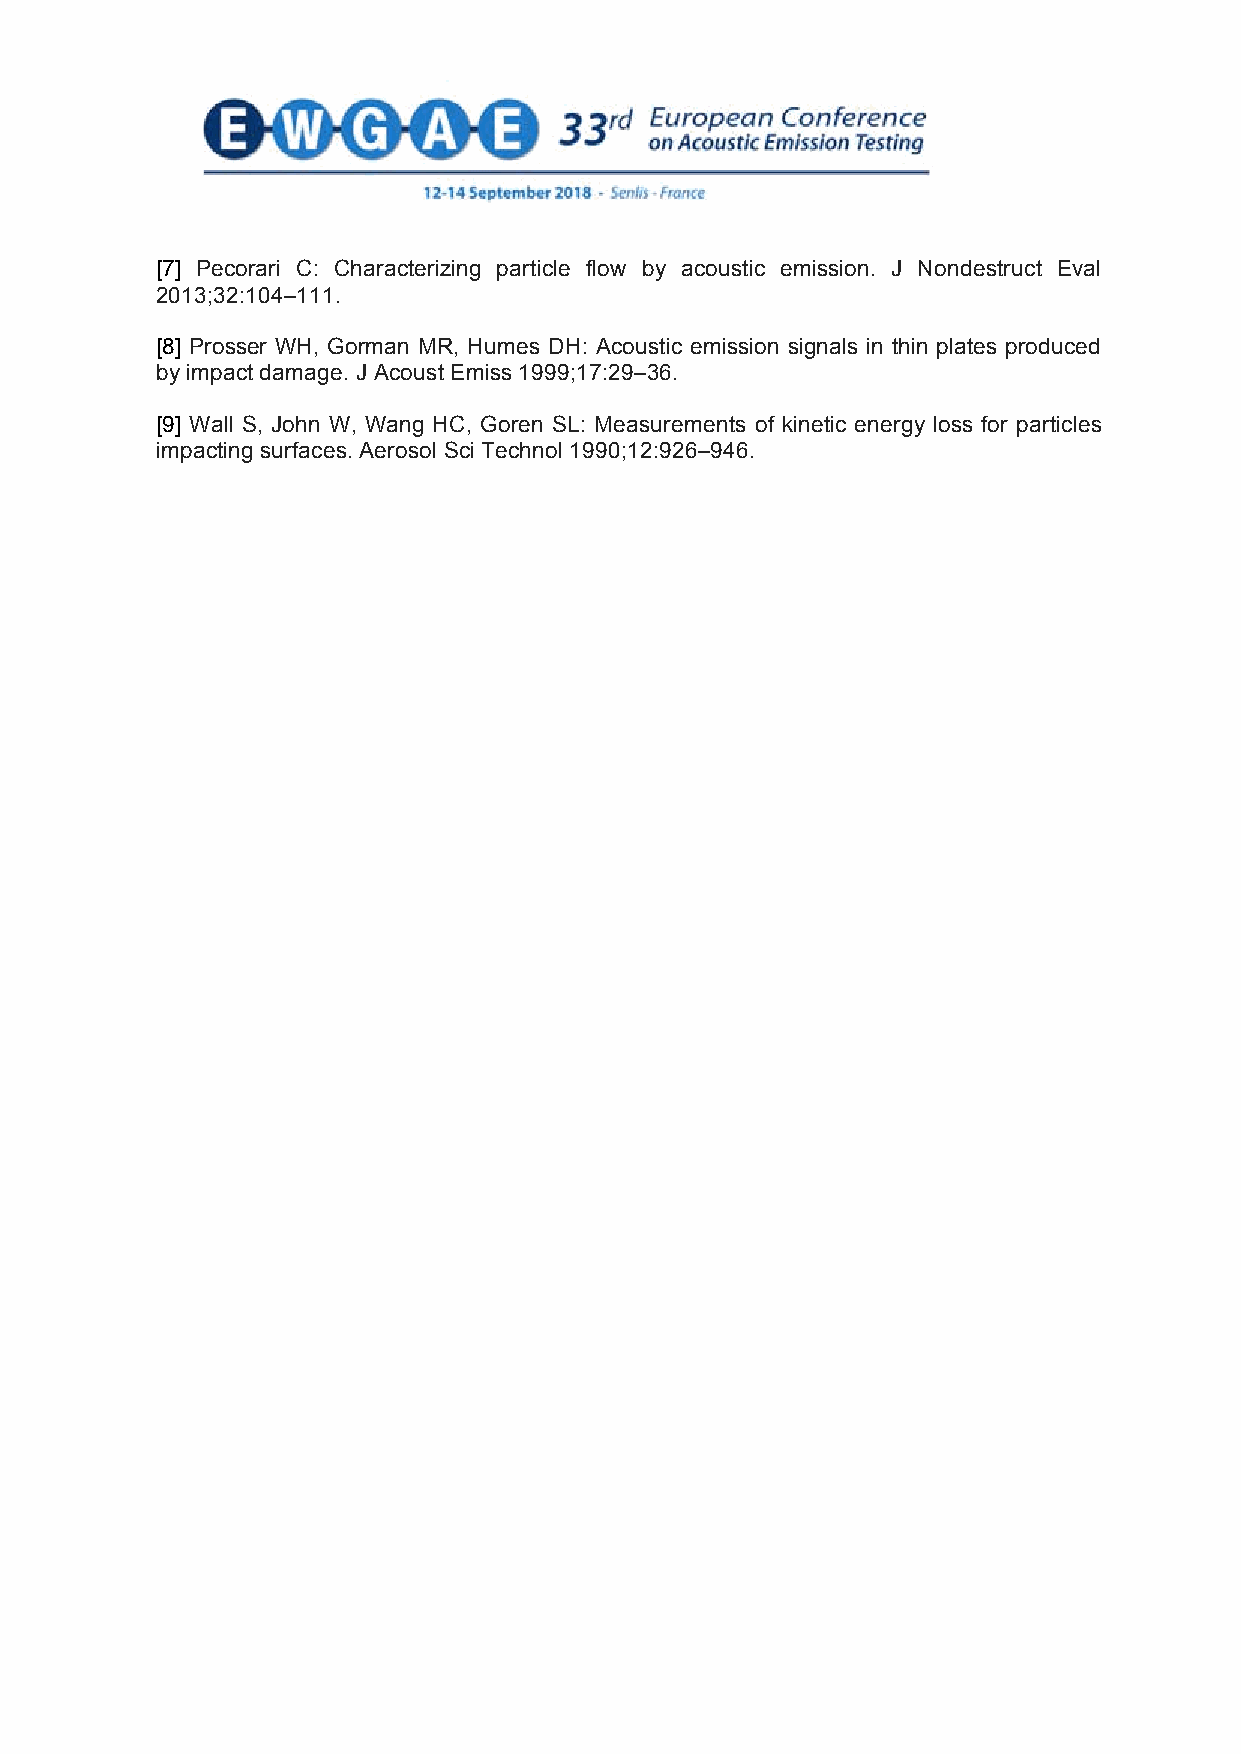
[7] Pecorari C: Characterizing particle flow by acoustic emission. J Nondestruct Eval
 2013;32:104–111.
 [8] Prosser WH, Gorman MR, Humes DH: Acoustic emission signals in thin plates produced
 by impact damage. J Acoust Emiss 1999;17:29–36.
 [9] Wall S, John W, Wang HC, Goren SL: Measurements of kinetic energy loss for particles
 impacting surfaces. Aerosol Sci Technol 1990;12:926–946.
 10